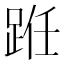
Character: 𫏊